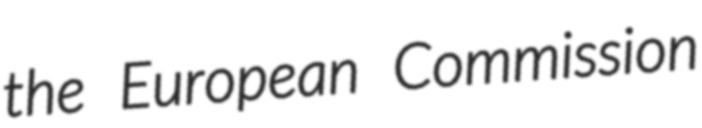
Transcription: the European Commission